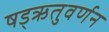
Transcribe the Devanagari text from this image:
षड्‌ऋतुवर्णन